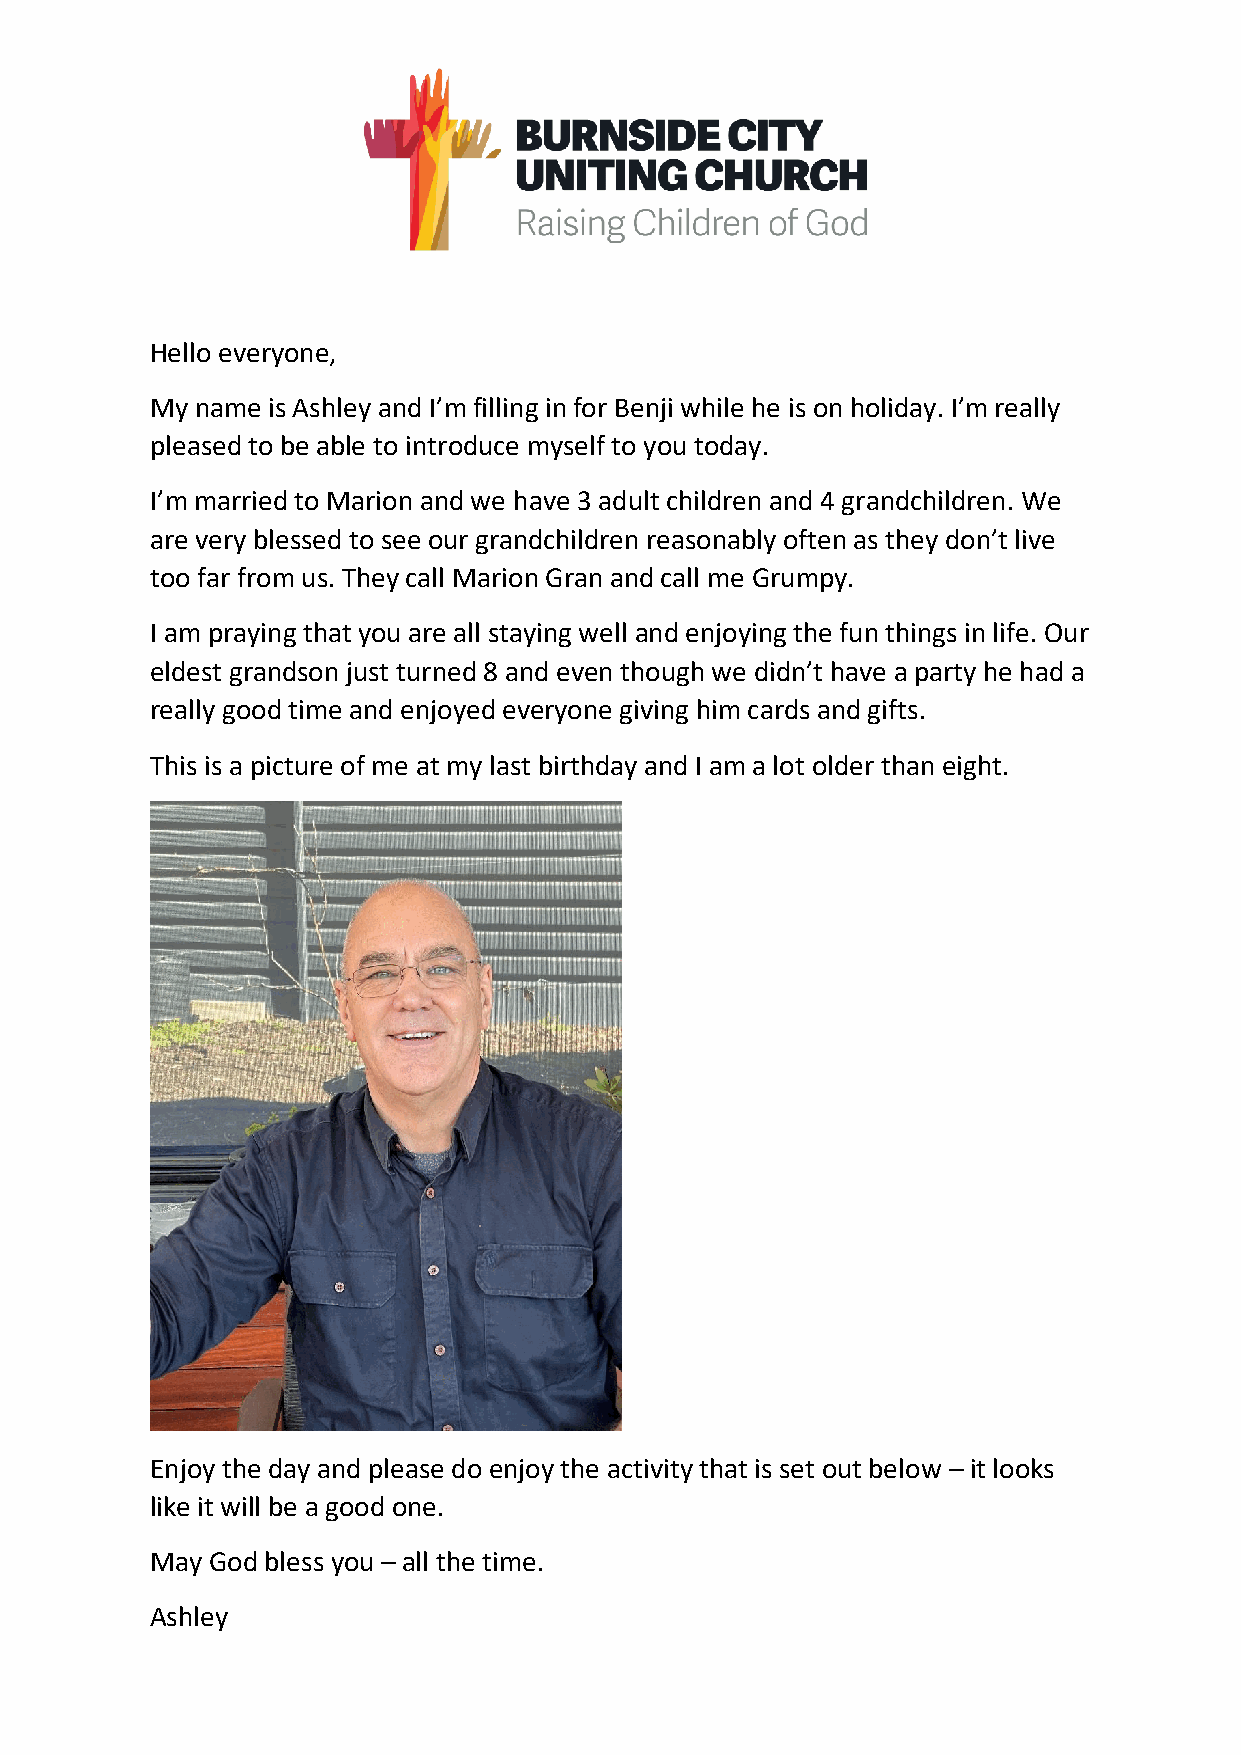
Hello everyone,
 My name is Ashley and I’m filling in for Benji while he is on holiday. I’m really
 pleased to be able to introduce myself to you today.
 I’m married to Marion and we have 3 adult children and 4 grandchildren. We
 are very blessed to see our grandchildren reasonably often as they don’t live
 too far from us. They call Marion Gran and call me Grumpy.
 I am praying that you are all staying well and enjoying the fun things in life. Our
 eldest grandson just turned 8 and even though we didn’t have a party he had a
 really good time and enjoyed everyone giving him cards and gifts.
 This is a picture of me at my last birthday and I am a lot older than eight.
 Enjoy the day and please do enjoy the activity that is set out below – it looks
 like it will be a good one.
 May God bless you – all the time.
 Ashley